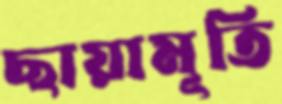
ছায়ামূর্তি